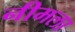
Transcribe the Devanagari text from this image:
नीमला